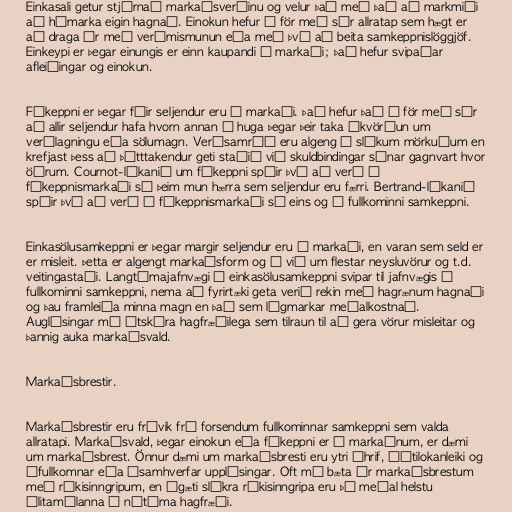
Einkasali getur stjórnað markaðsverðinu og velur það með það að markmiði
að hámarka eigin hagnað. Einokun hefur í för með sér allratap sem hægt er
að draga úr með verðmismunun eða með því að beita samkeppnislöggjöf.
Einkeypi er þegar einungis er einn kaupandi á markaði; það hefur svipaðar
afleiðingar og einokun.

Fákeppni er þegar fáir seljendur eru á markaði. Það hefur það í för með sér
að allir seljendur hafa hvorn annan í huga þegar þeir taka ákvörðun um
verðlagningu eða sölumagn. Verðsamráð eru algeng á slíkum mörkuðum en
krefjast þess að þátttakendur geti staðið við skuldbindingar sínar gagnvart hvor
öðrum. Cournot-líkanið um fákeppni spáir því að verð á
fákeppnismarkaði sé þeim mun hærra sem seljendur eru færri. Bertrand-líkanið
spáir því að verð á fákeppnismarkaði sé eins og í fullkominni samkeppni.

Einkasölusamkeppni er þegar margir seljendur eru á markaði, en varan sem seld er
er misleit. Þetta er algengt markaðsform og á við um flestar neysluvörur og t.d.
veitingastaði. Langtímajafnvægi í einkasölusamkeppni svipar til jafnvægis í
fullkominni samkeppni, nema að fyrirtæki geta verið rekin með hagrænum hagnaði
og þau framleiða minna magn en það sem lágmarkar meðalkostnað.
Auglýsingar má útskýra hagfræðilega sem tilraun til að gera vörur misleitar og
þannig auka markaðsvald.

Markaðsbrestir.

Markaðsbrestir eru frávik frá forsendum fullkominnar samkeppni sem valda
allratapi. Markaðsvald, þegar einokun eða fákeppni er á markaðnum, er dæmi
um markaðsbrest. Önnur dæmi um markaðsbresti eru ytri áhrif, óútilokanleiki og
ófullkomnar eða ósamhverfar upplýsingar. Oft má bæta úr markaðsbrestum
með ríkisinngripum, en ágæti slíkra ríkisinngripa eru þó meðal helstu
álitamálanna í nútíma hagfræði.